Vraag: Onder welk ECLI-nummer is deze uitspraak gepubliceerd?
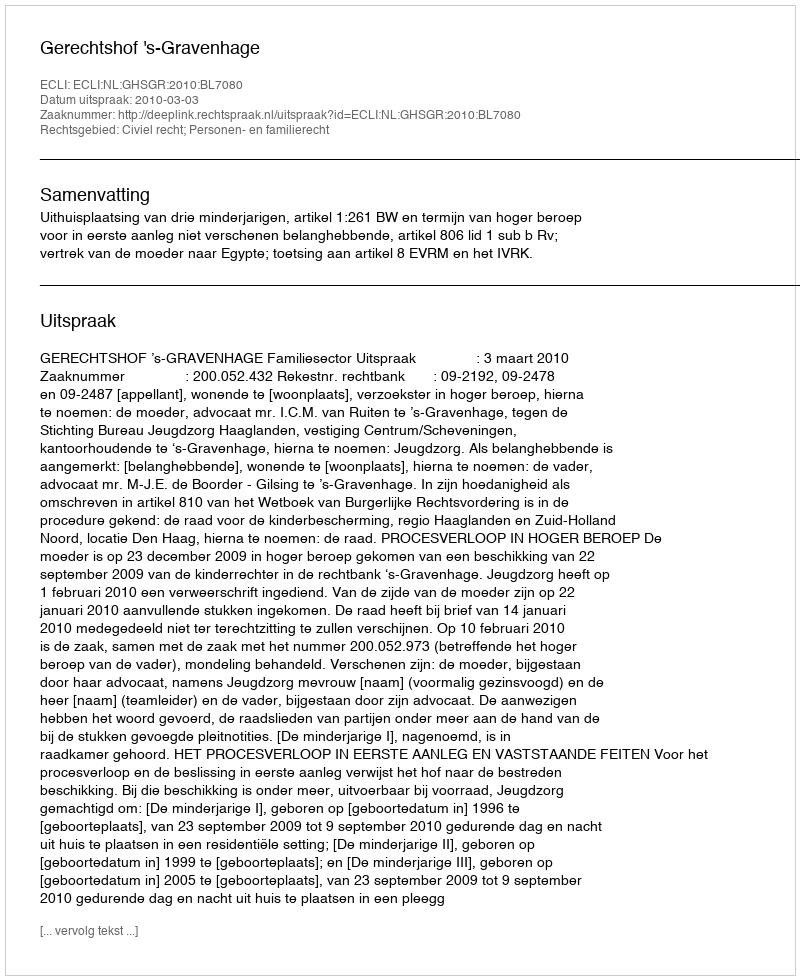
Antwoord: ECLI:NL:GHSGR:2010:BL7080